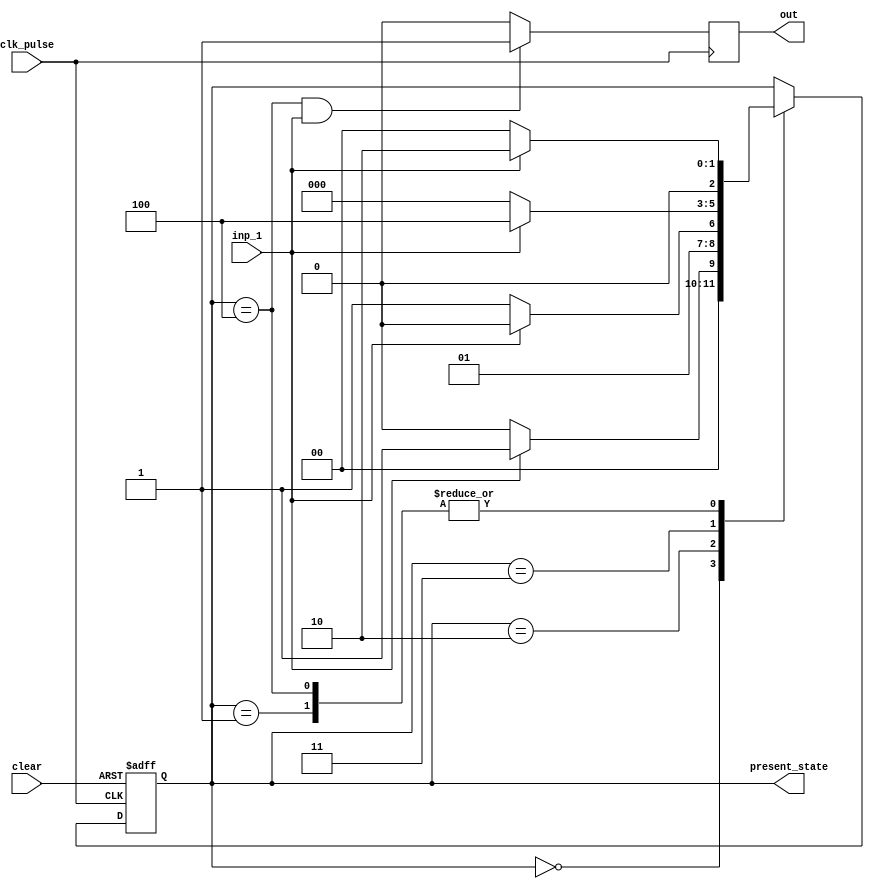
module fsm_11011_mealy(
    input clk_pulse,
    input clear,
    input inp_1,
    output reg out,
    output reg [2:0] present_state
    );
    reg [2:0] next_state;        // reg declaration
    parameter S0=3'b000,S1=3'b001,S2=3'b010,S3=3'b011,S4=3'b100;
    
    always @(posedge clk_pulse or posedge clear) // 1 always for assigning the present state
        begin
            if (clear == 1'b1)
                present_state <= S0;
            else
                present_state <= next_state;
        end
    always@(*)              // 1 always block for next state combinational logic
        begin
            next_state = present_state;
                case(present_state)
                S0: if(inp_1 == 1'b1)
                       next_state = S1;
                    else
                        next_state = S0;
                S1: if(inp_1 == 1'b1)
                        next_state = S2;
                    else
                        next_state = S0;
                S2: if(inp_1 == 1'b1)
                         next_state = S2;
                     else
                         next_state = S3;
                S3: if(inp_1 == 1'b1)
                         next_state = S4;
                    else
                         next_state = S0;         
                S4: if(inp_1 == 1'b1)
                         next_state = S2;
                     else
                         next_state = S0;
                endcase
        end
        always @(posedge clk_pulse) //1 always output assignment block
        begin
            if (present_state == S4 && inp_1 ==1'b1)
                out<=1'b1;
            else
                out<=1'b0;    
        end
endmodule